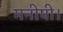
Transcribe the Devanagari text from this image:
मनीषी।